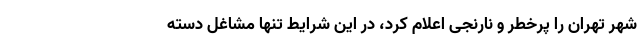
شهر تهران را پرخطر و نارنجی اعلام کرد، در این شرایط تنها مشاغل دسته